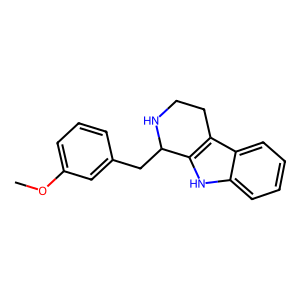
SMILES: COc1cccc(CC2NCCc3c2[nH]c2ccccc32)c1
Inhibits HIV replication: No